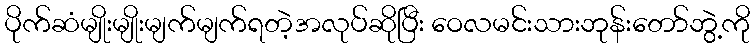
ပိုက်ဆံမျိုးမျိုးမျက်မျက်ရတဲ့အလုပ်ဆိုပြီး ဝေလမင်းသားဘုန်းတော်ဘွဲ့ကို